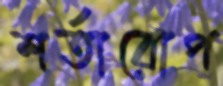
শর্তারোপ